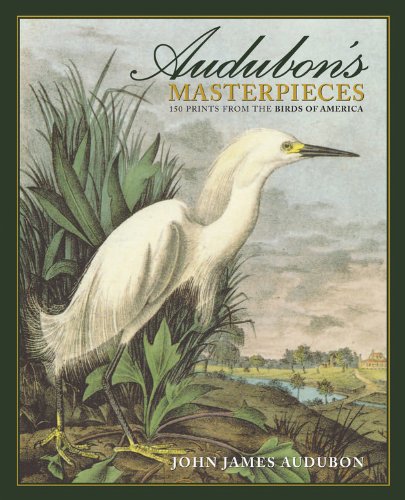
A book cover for Audubon's Masterpieces: 150 Prints from the Birds of America; John James Audubon; Arts & Photography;